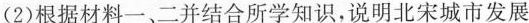
。(2)根据材料一、二并结合所学知识，说明北宋城市发展